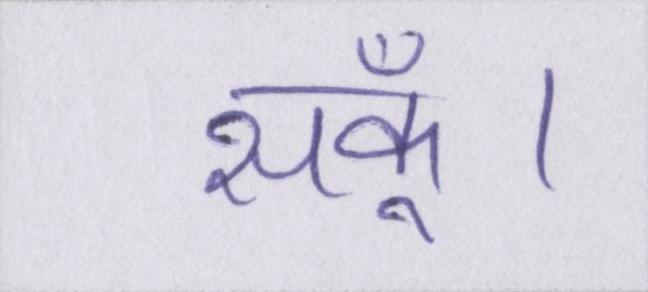
सकूँ।